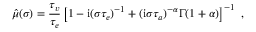
\hat { \mu } ( \sigma ) = \frac { \tau _ { v } } { \tau _ { e } } \left[ 1 - \mathrm { i } ( \sigma \tau _ { e } ) ^ { - 1 } + ( \mathrm { i } \sigma \tau _ { a } ) ^ { - \alpha } \Gamma ( 1 + \alpha ) \right] ^ { - 1 } \ ,